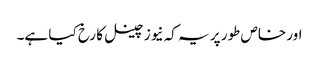
اور خاص طور پر یہ کہ نیوز چینل کا رخ کیا ہے۔